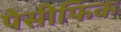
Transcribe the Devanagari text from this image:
पेसीफिक